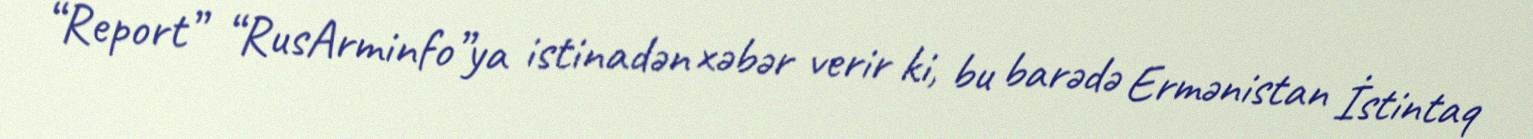
“Report” “RusArminfo”ya istinadən xəbər verir ki, bu barədə Ermənistan İstintaq